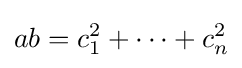
ab=c_{1}^{2}+\cdots +c_{n}^{2}